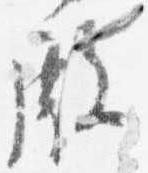
殿